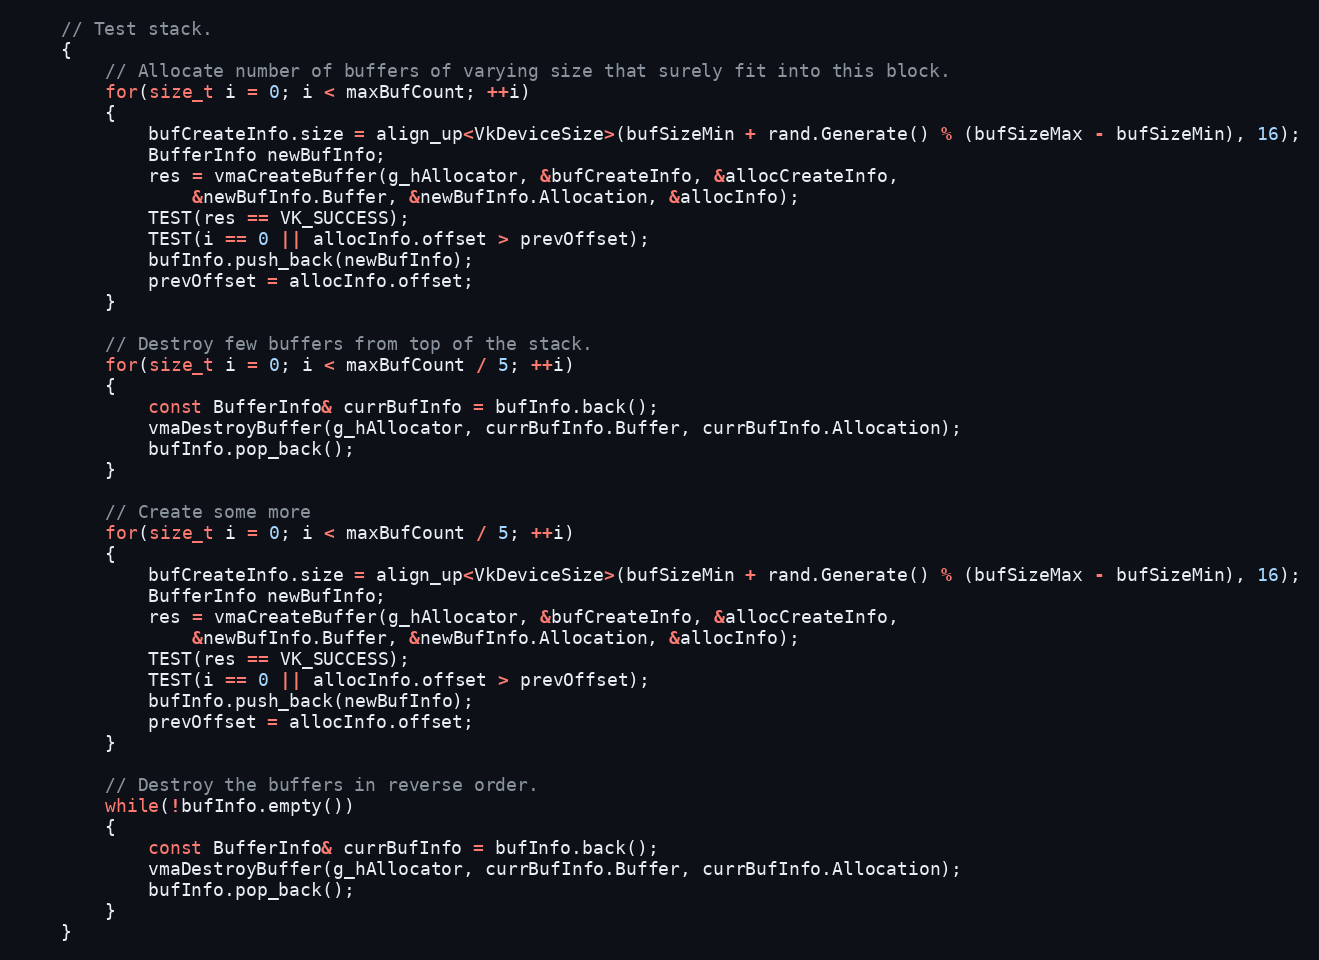
Language: C++
    // Test stack.
    {
        // Allocate number of buffers of varying size that surely fit into this block.
        for(size_t i = 0; i < maxBufCount; ++i)
        {
            bufCreateInfo.size = align_up<VkDeviceSize>(bufSizeMin + rand.Generate() % (bufSizeMax - bufSizeMin), 16);
            BufferInfo newBufInfo;
            res = vmaCreateBuffer(g_hAllocator, &bufCreateInfo, &allocCreateInfo,
                &newBufInfo.Buffer, &newBufInfo.Allocation, &allocInfo);
            TEST(res == VK_SUCCESS);
            TEST(i == 0 || allocInfo.offset > prevOffset);
            bufInfo.push_back(newBufInfo);
            prevOffset = allocInfo.offset;
        }

        // Destroy few buffers from top of the stack.
        for(size_t i = 0; i < maxBufCount / 5; ++i)
        {
            const BufferInfo& currBufInfo = bufInfo.back();
            vmaDestroyBuffer(g_hAllocator, currBufInfo.Buffer, currBufInfo.Allocation);
            bufInfo.pop_back();
        }

        // Create some more
        for(size_t i = 0; i < maxBufCount / 5; ++i)
        {
            bufCreateInfo.size = align_up<VkDeviceSize>(bufSizeMin + rand.Generate() % (bufSizeMax - bufSizeMin), 16);
            BufferInfo newBufInfo;
            res = vmaCreateBuffer(g_hAllocator, &bufCreateInfo, &allocCreateInfo,
                &newBufInfo.Buffer, &newBufInfo.Allocation, &allocInfo);
            TEST(res == VK_SUCCESS);
            TEST(i == 0 || allocInfo.offset > prevOffset);
            bufInfo.push_back(newBufInfo);
            prevOffset = allocInfo.offset;
        }

        // Destroy the buffers in reverse order.
        while(!bufInfo.empty())
        {
            const BufferInfo& currBufInfo = bufInfo.back();
            vmaDestroyBuffer(g_hAllocator, currBufInfo.Buffer, currBufInfo.Allocation);
            bufInfo.pop_back();
        }
    }